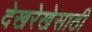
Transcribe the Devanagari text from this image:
देखरेखेसाठी